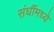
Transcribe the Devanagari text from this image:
संघींमध्ये